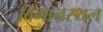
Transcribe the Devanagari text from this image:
बिमानस्थल